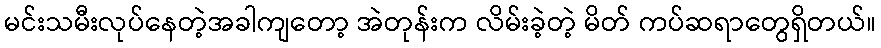
မင်းသမီးလုပ်နေတဲ့အခါကျတော့ အဲတုန်းက လိမ်းခဲ့တဲ့ မိတ် ကပ်ဆရာတွေရှိတယ်။